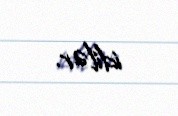
idilər.